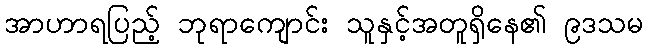
အာဟာရပြည့် ဘုရာကျောင်း သူနှင့်အတူရှိနေ၏ ၉ဒသမ